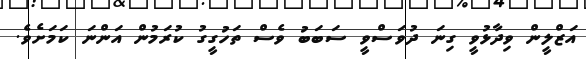
އަޒްލީން ވިދާޅުވީ ގިނަ ދުވަސްވީ ސަބަބު ވެސް ތަހުގީގު ކުރަމުން އަންނަ ކަމަށެވެ.